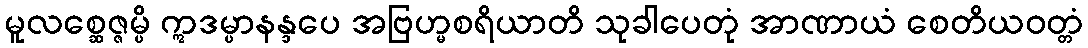
မူလစ္ဆေဇ္ဇမ္ပိ ဣဒမ္ပာနန္ဒပေ အဗြဟ္မစရိယာတိ သုခါပေတုံ အာဏာယံ စေတိယဝတ္တံ